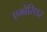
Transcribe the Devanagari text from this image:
एम्बेसिडर